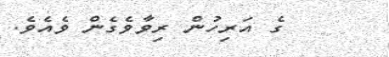
ގެ އަރިހުން ރިވާވެގެން ވެއެވެ.